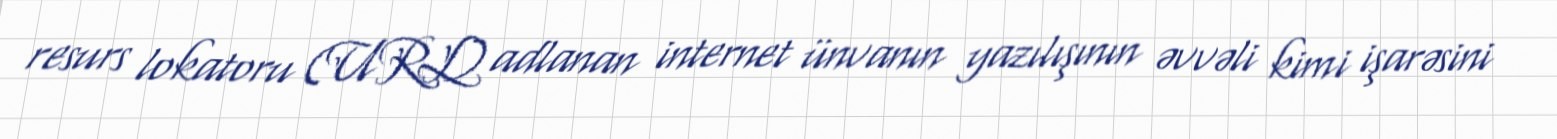
resurs lokatoru (URL) adlanan internet ünvanın yazılışının əvvəli kimi işarəsini